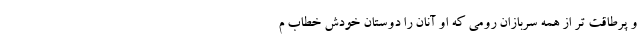
و پرطاقت ‌تر از همه سربازان رومی که او آنان را دوستان خودش خطاب م